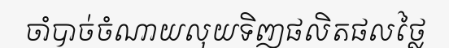
ចាំបាច់ចំណាយលុយទិញផលិតផលថ្លៃ